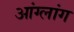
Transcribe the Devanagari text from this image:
आंग्लांग